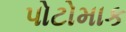
પોટોમાક